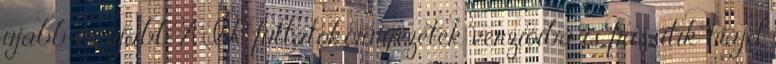
újabb és újabb AIR futtatókörnyezetek verzióiba is frissítik majd